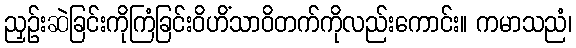
ညှဉ်းဆဲခြင်းကိုကြံခြင်းဝိဟိံသာဝိတက်ကိုလည်းကောင်း။ ကမာသညံ၊